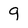
Character: 9